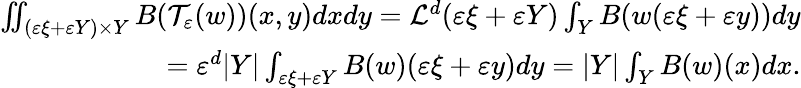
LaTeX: \begin{array}{r}{\iint_{(\varepsilon\xi+\varepsilon Y)\times Y}B(\mathcal T_{\varepsilon}(w))(x,y)dxdy=\mathcal L^{d}(\varepsilon\xi+\varepsilon Y)\int_{Y}B(w(\varepsilon\xi+\varepsilon y))dy}\\ {=\varepsilon^{d}|Y|\int_{\varepsilon\xi+\varepsilon Y}B(w)(\varepsilon\xi+\varepsilon y)dy=|Y|\int_{Y}B(w)(x)dx.}\end{array}